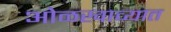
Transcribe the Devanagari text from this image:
ओळखाव्यात